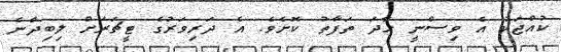
ކުއްޖަކު އެ ވިސްނީ ހާދަ ތަފާތު ކޮށެވެ. އެ ދަރިވަރުގެ ޓީޗަރަށް ލިބިދާނެ